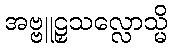
အဗ္ဗူဠှသလ္လောသ္မိ